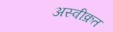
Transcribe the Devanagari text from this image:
अस्वीक्रत